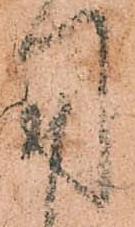
用